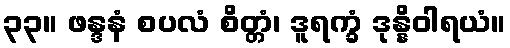
၃၃။ ဖန္ဒနံ စပလံ စိတ္တံ၊ ဒူရက္ခံ ဒုန္နိဝါရယံ။